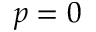
p = 0